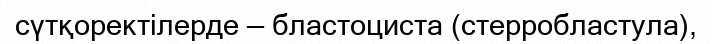
сүтқоректілерде — бластоциста (стерробластула),